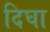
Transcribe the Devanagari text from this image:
दिघा